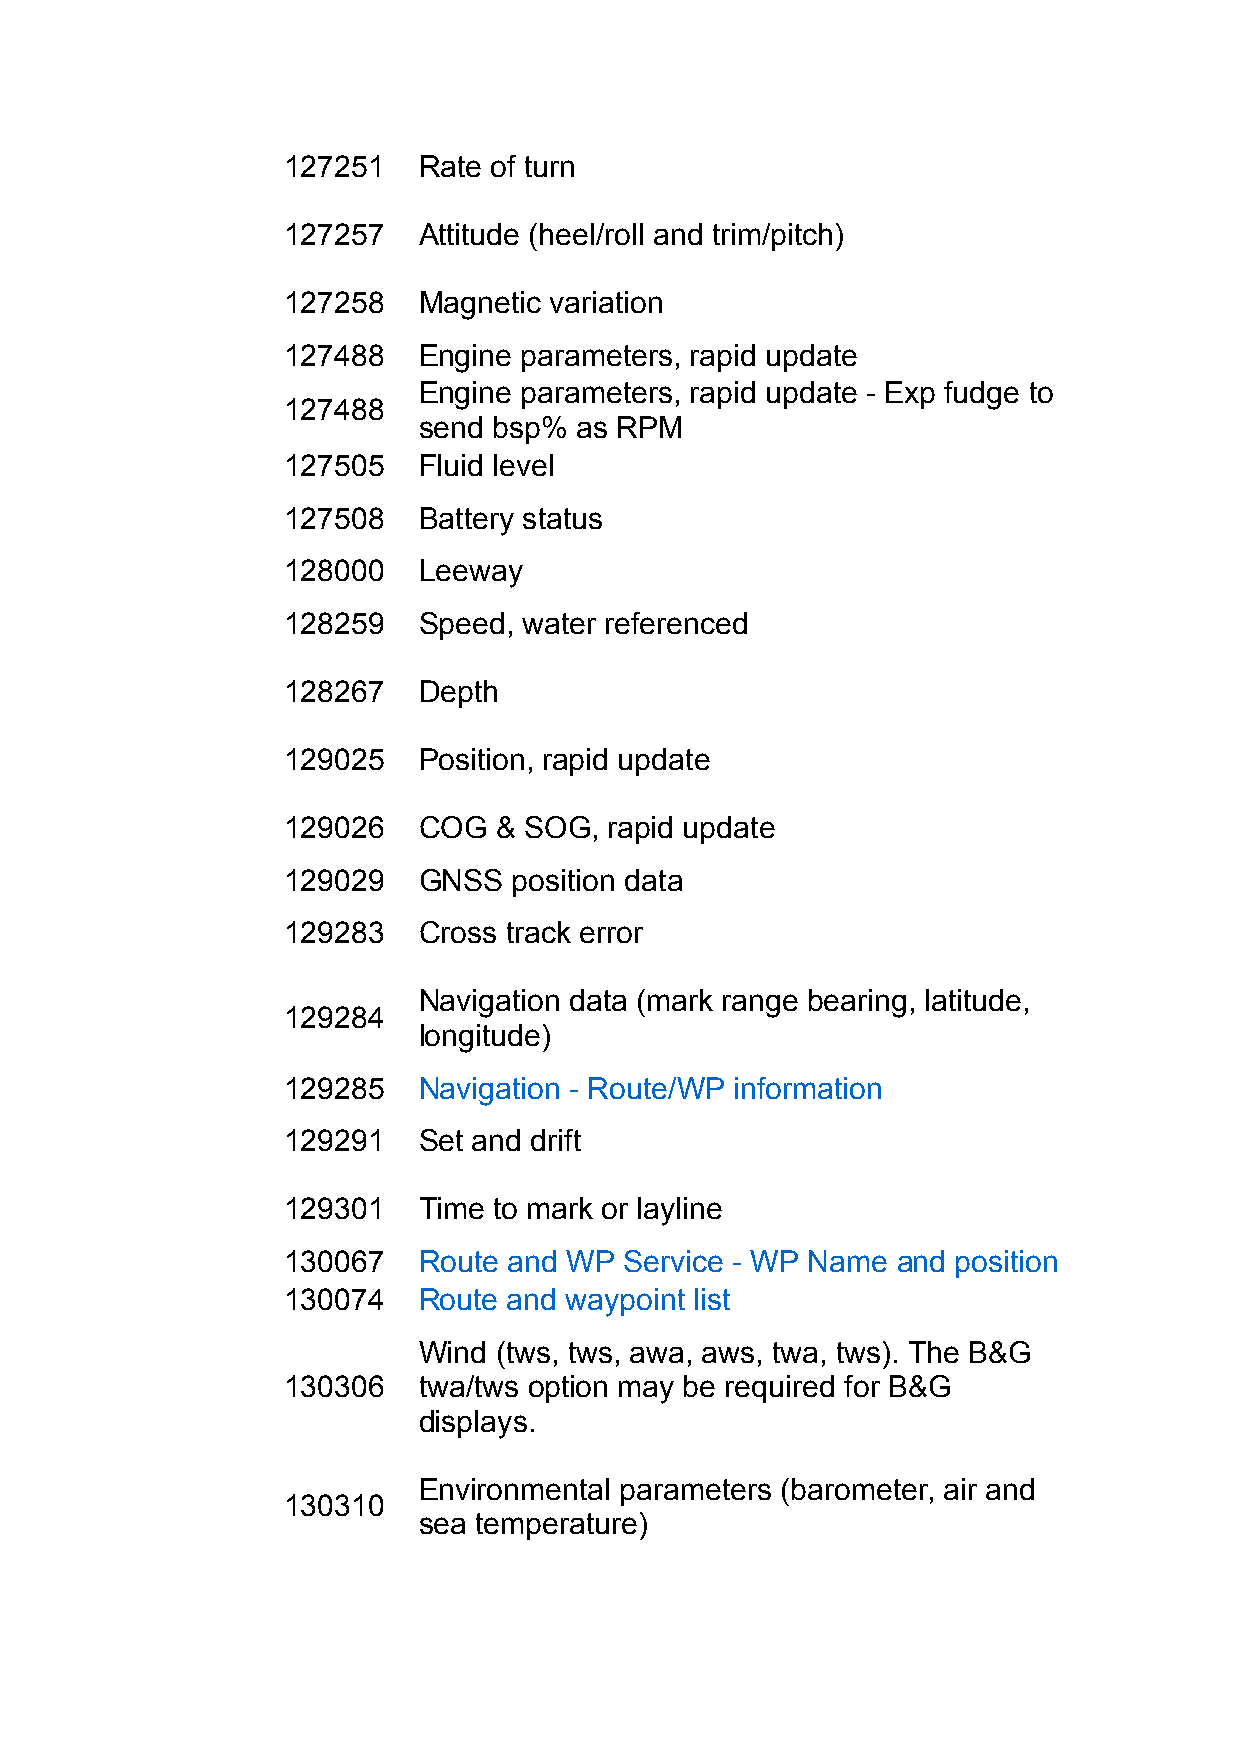
127251   Rate of turn
 127257   Attitude (heel/roll and trim/pitch)
 127258   Magnetic variation
 127488   Engine parameters, rapid update
 Engine parameters, rapid update - Exp fudge to
 127488
 send bsp% as RPM
 127505   Fluid level
 127508   Battery status
 128000   Leeway
 128259   Speed, water referenced
 128267   Depth
 129025   Position, rapid update
 129026   COG  & SOG, rapid update
 129029   GNSS  position data
 129283   Cross track error
 Navigation data (mark range bearing, latitude,
 129284
 longitude)
 129285   Navigation - Route/WP information
 129291   Set and drift
 129301   Time to mark or layline
 130067   Route and WP Service - WP Name and position
 130074   Route and waypoint list
 Wind (tws, tws, awa, aws, twa, tws). The B&G
 130306   twa/tws option may be required for B&G
 displays.
 Environmental parameters (barometer, air and
 130310
 sea temperature)